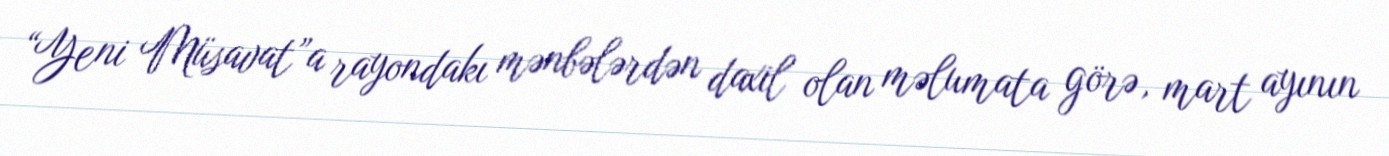
“Yeni Müsavat”a rayondakı mənbələrdən daxil olan məlumata görə, mart ayının